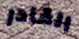
القادر